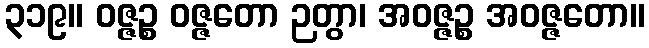
၃၁၉။ ဝဇ္ဇဉ္စ ဝဇ္ဇတော ဉတွာ၊ အဝဇ္ဇဉ္စ အဝဇ္ဇတော။